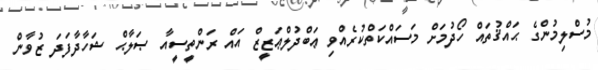
މުސްލިމުންގެ ޙައްޤުތައް ހޯދުމަށް މަސައްކަތްކުރެއްވި ޢަބްދުލްޢަޒީޒް އައް ރަންތީސީއާ ޞަލާޙް ޝަހާދާފަދަ ޒުވާން